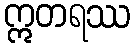
ဣတရဿ